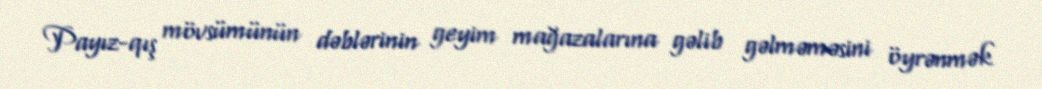
Payız-qış mövsümünün dəblərinin geyim mağazalarına gəlib gəlməməsini öyrənmək